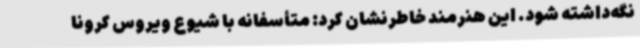
نگه‌داشته شود. این هنرمند خاطرنشان کرد: متأسفانه با شیوع ویروس کرونا